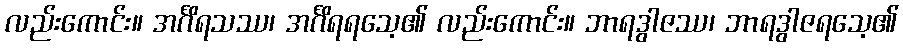
လည်းကောင်း။ အင်္ဂိရသဿ၊ အင်္ဂိရရသေ့၏ လည်းကောင်း။ ဘာရဒွါဇဿ၊ ဘာရဒွါဇရသေ့၏